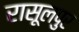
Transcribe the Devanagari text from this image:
रासूलपुर